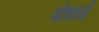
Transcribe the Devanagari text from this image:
गोत्रवर्ग